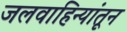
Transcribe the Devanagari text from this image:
जलवाहिन्यांतून